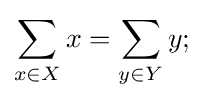
\sum _{x\in X}x=\sum _{y\in Y}y;